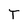
Character: T